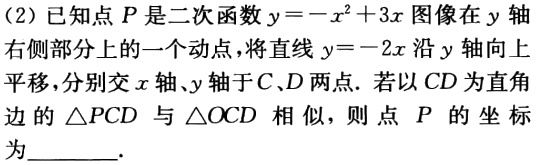
(2) 已知点\(P\)是二次函数\(y = -x^{2}+3x\)图像在\(y\)轴右侧部分上的一个动点，将直线\(y = -2x\)沿\(y\)轴向上平移，分别交\(x\)轴、\(y\)轴于\(C\)、\(D\)两点. 若以\(CD\)为直角边的\(\triangle PCD\)与\(\triangle OCD\)相似，则点 \(P\) 的坐标为______.